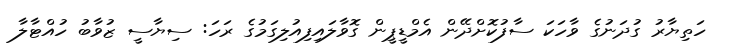
ހަތިޔާރު ގުދަނުގެ ވާހަކަ ސާފުކޮށްދޭން އެމްޑީޕީން ގޮވާލައިފިއުލިގަމުގެ ރަހަ: ސިޔާސީ ޒުވާބު ހުއްޓާލާ